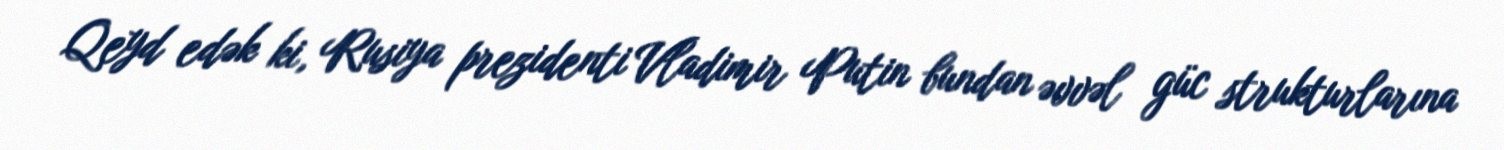
Qeyd edək ki, Rusiya prezidenti Vladimir Putin bundan əvvəl güc strukturlarına